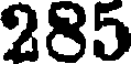
285